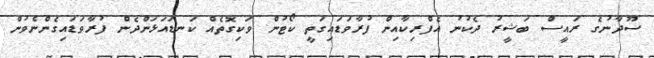
ސޫދާނުގެ ރައީސް ބަޝީރު ދެކުނު އެފްރިކާއިން ފުރާވަޑައިގަތީ ކޯޓުން ވަކިގޮތެއް ކަނޑައަޅަންދެން ފުރާވަޑައިގެންނެވުން